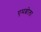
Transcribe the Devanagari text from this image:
एमब्रोला